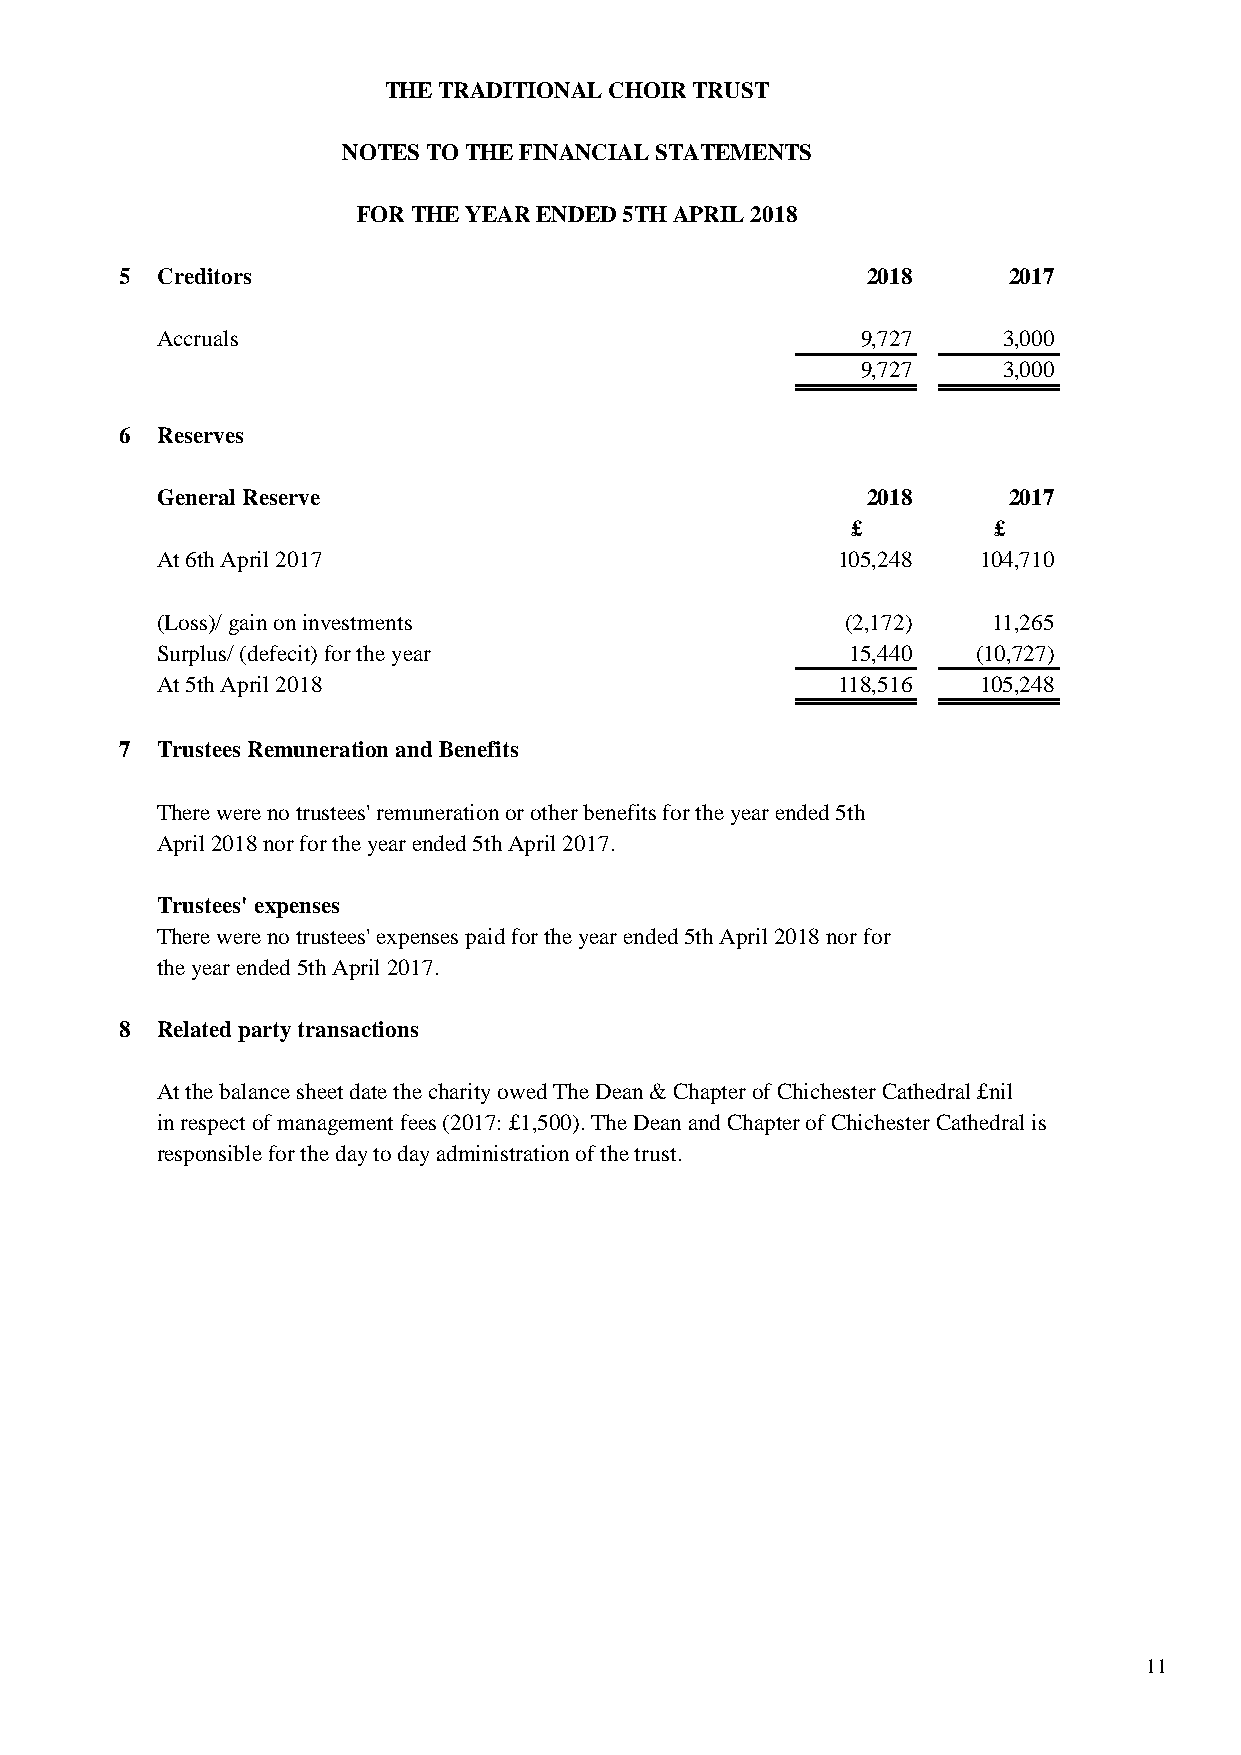
THE TRADITIONAL CHOIR TRUST
 NOTES TO THE FINANCIAL STATEMENTS
 FOR THE YEAR ENDED 5TH APRIL 2018
 5 Creditors                                      2018      2017
 Accruals                                       9,727    3,000
 9,727    3,000
 6 Reserves
 General Reserve                                2018      2017
 £         £
 At 6th April 2017                            105,248   104,710
 (Loss)/ gain on investments                   (2,172)   11,265
 Surplus/ (defecit) for the year               15,440   (10,727)
 At 5th April 2018                            118,516   105,248
 7 Trustees Remuneration and Benefits
 There were no trustees' remuneration or other benefits for the year ended 5th
 April 2018 nor for the year ended 5th April 2017.
 Trustees' expenses
 There were no trustees' expenses paid for the year ended 5th April 2018 nor for
 the year ended 5th April 2017.
 8 Related party transactions
 At the balance sheet date the charity owed The Dean & Chapter of Chichester Cathedral £nil
 in respect of management fees (2017: £1,500). The Dean and Chapter of Chichester Cathedral is
 responsible for the day to day administration of the trust.
 11